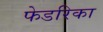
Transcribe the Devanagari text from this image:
फेडरिका